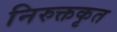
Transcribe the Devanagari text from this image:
निरुक्तकृत